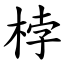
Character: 桲